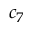
c _ { 7 }